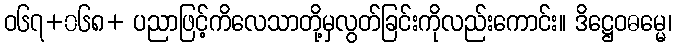
ဝ၆၇+၀၆၈+ ပညာဖြင့်ကိလေသာတို့မှလွတ်ခြင်းကိုလည်းကောင်း။ ဒိဋ္ဌေဝဓမ္မေ၊